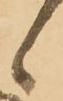
候